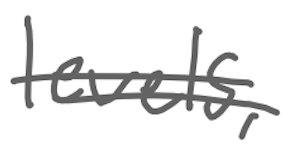
Text: levels,
Cross-out: double-line
Writing tool: digital_gray